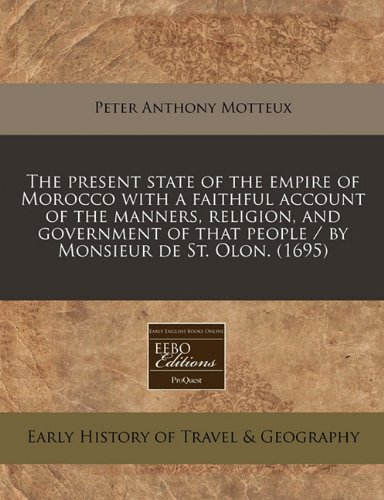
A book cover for The present state of the empire of Morocco with a faithful account of the manners, religion, and government of that people / by Monsieur de St. Olon. (1695); Peter Anthony Motteux; Travel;